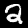
Digit: 2